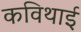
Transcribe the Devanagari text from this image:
कविथाई